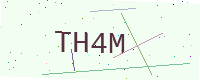
Text: TH4M